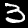
Label: 3